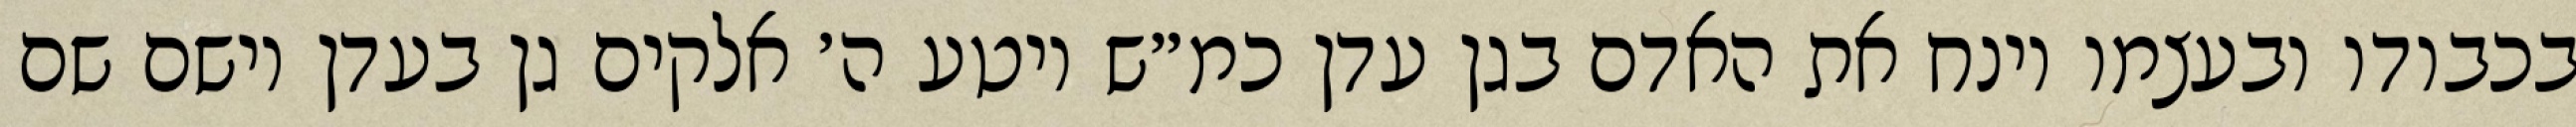
בכבודו ובעצמו וינח את האדם בגן עדן כמ״ש ויטע ה׳ אלקים גן בעדן וישם שם